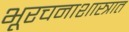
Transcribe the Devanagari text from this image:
भूरचनाशास्त्रात